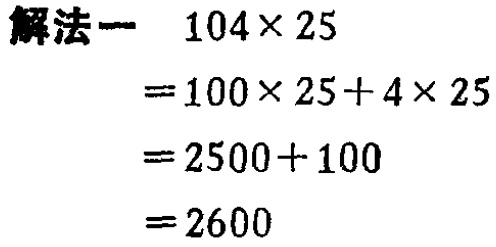
```
解法一  \(104\times 25\)
\(=100\times 25 + 4\times 25\)
\(=2500 + 100\)
\(=2600\)
```